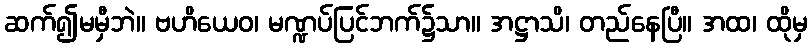
ဆက်၍မမှီဘဲ။ ဗဟိယေဝ၊ မဏ္ဍပ်ပြင်ဘက်၌သာ။ အဋ္ဌာသိ၊ တည်နေပြီ။ အထ၊ ထိုမှ